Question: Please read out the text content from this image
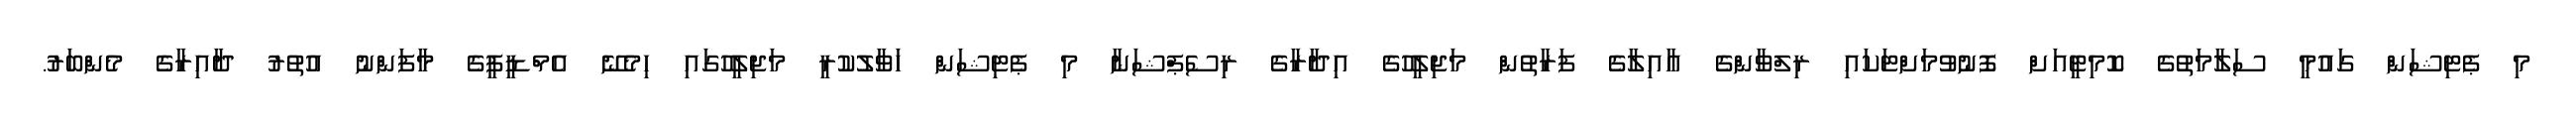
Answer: މި ޕެޓިޝަން ގައުމީ ސަލާމަތުގެ ކޮމިޓީއަށް ފޮނުވުމަށްޓަކައި ރިލްވާންގެ އާއިލާގެ ފަރާތުން މަޖިލީހުގެ އިދާރާގެ ރިސެޕްޝަނާ މި ޕެޓިޝަން ހަވާލުކުރީ މަޖިލީހުގައި ހިމެނޭ އެމްޑީޕީގެ މާފަންނު އުތުރު ދާއިރާގެ މެންބަރު.